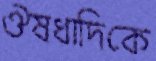
ঔষধাদিকে